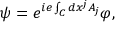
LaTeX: \psi = e ^ { i e \int _ { C } d x ^ { j } A _ { j } } \varphi ,